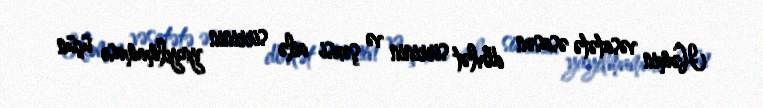
Həmin vəsatətə əsasən dövlət sirrinin və şəxsi ailə sirrinin yayılmaması üçün